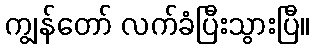
ကျွန်တော် လက်ခံပြီးသွားပြီ။